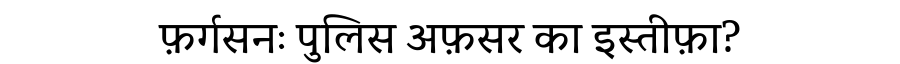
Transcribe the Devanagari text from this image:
फ़र्गसनः पुलिस अफ़सर का इस्तीफ़ा?